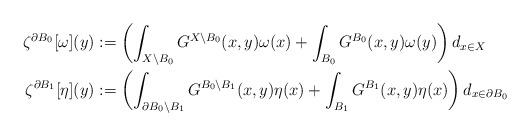
LaTeX: \begin{align*}\zeta^{\partial B_0}[\omega](y)&:=\left(\int_{X\setminus B_0}G^{X\setminus B_0}(x,y)\omega(x)+\int_{B_0}G^{B_0}(x,y)\omega(y)\right)d_{x\in X}\\\zeta^{\partial B_1}[\eta](y)&:=\left(\int_{\partial B_0\setminus B_1}G^{B_0\setminus B_1}(x,y)\eta(x)+\int_{B_1}G^{B_1}(x,y)\eta(x)\right)d_{x\in \partial B_0}\\\end{align*}